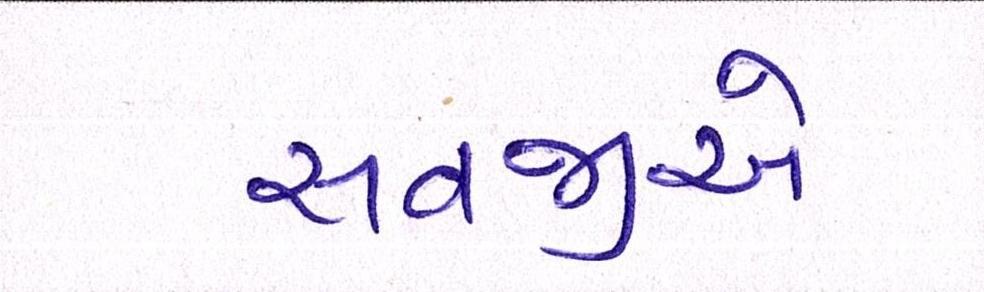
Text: સવજીએ